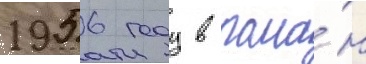
1956 году в рома́н